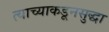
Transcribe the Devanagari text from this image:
त्याच्याकडूनसुद्धा